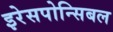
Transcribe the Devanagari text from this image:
इरेसपोन्सिबल